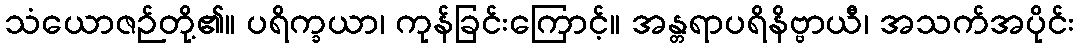
သံယောဇဉ်တို့၏။ ပရိက္ခယာ၊ ကုန်ခြင်းကြောင့်။ အန္တရာပရိနိဗ္ဗာယီ၊ အသက်အပိုင်း